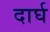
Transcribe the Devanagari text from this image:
दार्घ